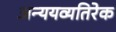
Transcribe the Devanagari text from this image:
अन्ययव्यतिरेक